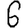
Digit: 6